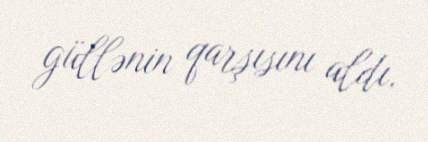
güllənin qarşısını aldı.